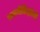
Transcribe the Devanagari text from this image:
राजनीतिज्ञांची